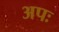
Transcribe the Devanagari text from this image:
अपः